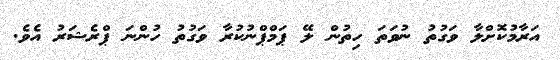
އަރާމުކޮށްލާ ވަގުތު ނުވަތަ ހިތުން ލޭ ޕަމްޕްނުކުރާ ވަގުތު ހުންނަ ޕްރެޝަރު އެވެ.